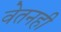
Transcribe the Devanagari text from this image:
वेतनही